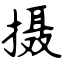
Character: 摄